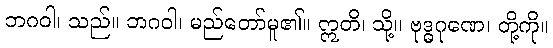
ဘဂဝါ၊ သည်။ ဘဂဝါ၊ မည်တော်မူ၏။ ဣတိ၊ သို့။ ဗုဒ္ဓဂုဏေ၊ တို့ကို။